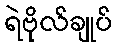
ရဲဗိုလ်ချုပ်